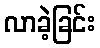
လာခဲ့ခြင်း